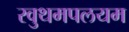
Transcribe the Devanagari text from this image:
रवुथमपलयम